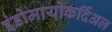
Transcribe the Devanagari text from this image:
इंडोमायोकर्दिअल